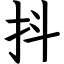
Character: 抖